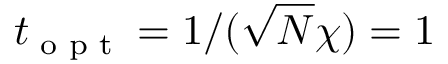
t _ { \textnormal { o p t } } = 1 / ( \sqrt { N } \chi ) = 1